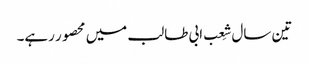
تین سال شِعب ابی طالب میں محصور رہے۔